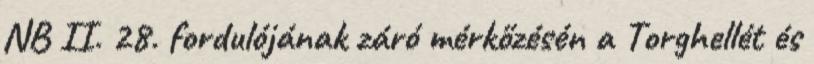
NB II. 28. fordulójának záró mérkőzésén a Torghellét és